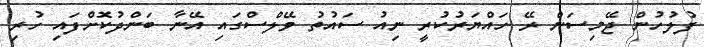
ފުލުހުން ޖޭމިސަން ރޭ ހައްޔަރުކުރީ ނިއު ސައުތު ވޭލްސްގައި އޭނާ ބަންދުކޮށްފައި ހުރި